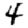
Digit: 4